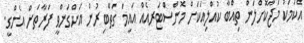
އެކަމަކު މަޖާކޮށްލަން ތިއްބާ ކުއްލިއަކަށް މޮންސްޓަރއެއް އައީމަ ގަތްބިރުން އަންގަންވީ ފަރާތަށް އެންގީ.